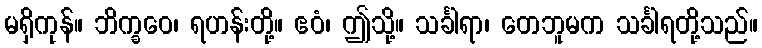
မရှိကုန်။ ဘိက္ခဝေ၊ ရဟန်းတို့။ ဧဝံ၊ ဤသို့။ သင်္ခါရာ၊ တေဘူမက သင်္ခါရတို့သည်။